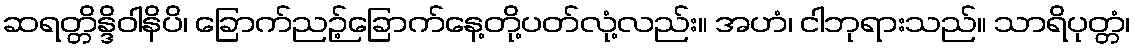
ဆရတ္တိန္ဒိဝါနိပိ၊ ခြောက်ညဉ့်ခြောက်နေ့တို့ပတ်လုံ့လည်း။ အဟံ၊ ငါဘုရားသည်။ သာရိပုတ္တံ၊